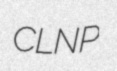
CLNP